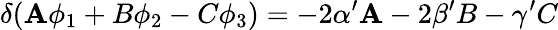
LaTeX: \delta(\mathbf{A}\phi_{1}+B\phi_{2}-C\phi_{3})=-2\alpha^{\prime}\mathbf{A}-2\beta^{\prime}B-\gamma^{\prime}C